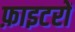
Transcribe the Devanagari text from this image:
फ़ाइटरों